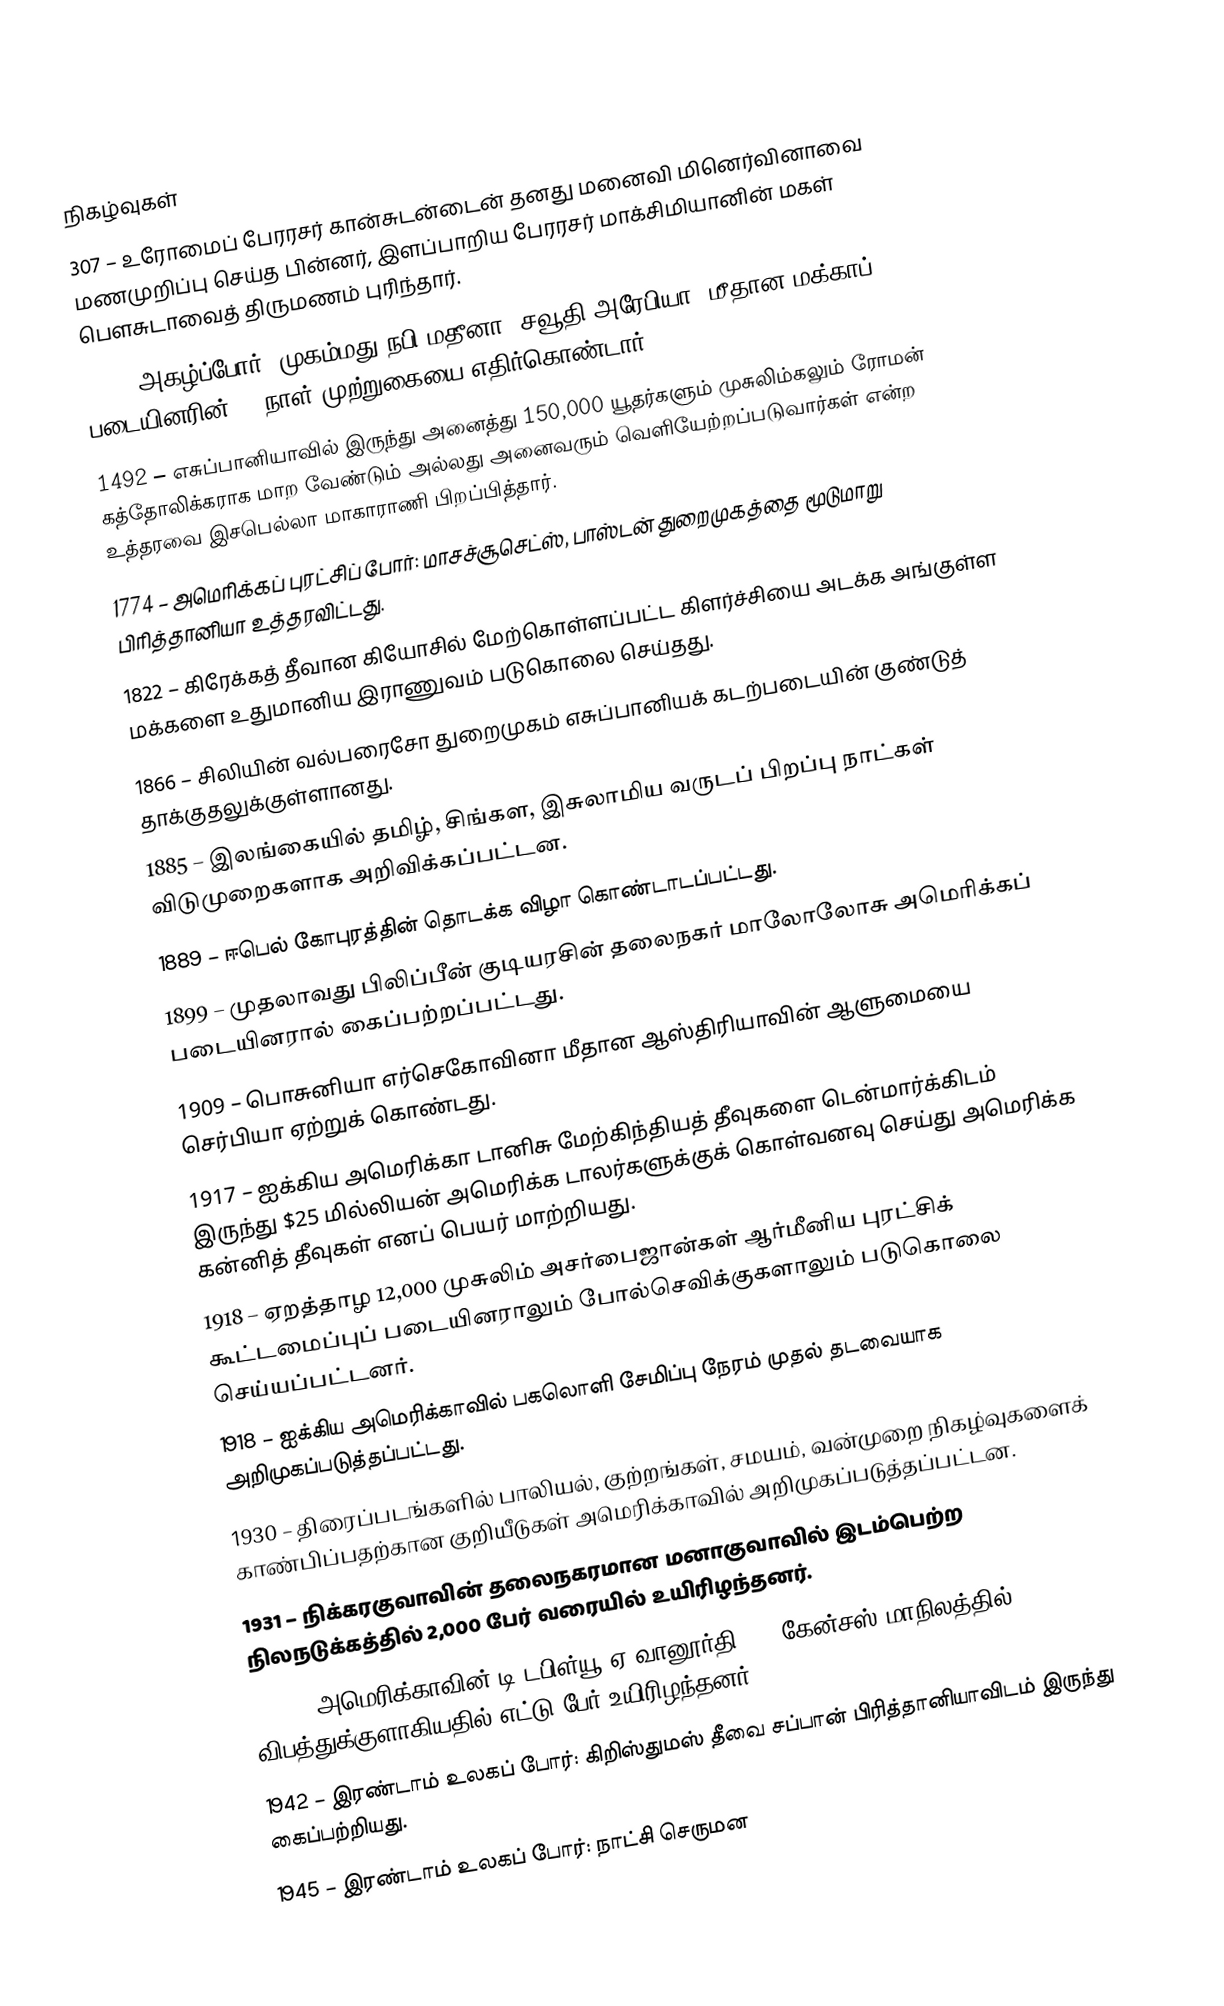

நிகழ்வுகள்
 307 – உரோமைப் பேரரசர் கான்சுடன்டைன் தனது மனைவி மினெர்வினாவை மணமுறிப்பு செய்த பின்னர், இளப்பாறிய பேரரசர் மாக்சிமியானின் மகள் பௌசுடாவைத் திருமணம் புரிந்தார்.
 627 – அகழ்ப்போர்: முகம்மது நபி மதீனா (சவூதி அரேபியா) மீதான மக்காப் படையினரின் 14-நாள் முற்றுகையை எதிர்கொண்டார்.
1492 – எசுப்பானியாவில் இருந்து அனைத்து 150,000 யூதர்களும் முசுலிம்கலும் ரோமன் கத்தோலிக்கராக மாற வேண்டும் அல்லது அனைவரும் வெளியேற்றப்படுவார்கள் என்ற உத்தரவை இசபெல்லா மாகாராணி பிறப்பித்தார்.
1774 – அமெரிக்கப் புரட்சிப் போர்: மாசச்சூசெட்ஸ், பாஸ்டன் துறைமுகத்தை மூடுமாறு பிரித்தானியா உத்தரவிட்டது.
1822 – கிரேக்கத் தீவான கியோசில் மேற்கொள்ளப்பட்ட கிளர்ச்சியை அடக்க அங்குள்ள மக்களை உதுமானிய இராணுவம் படுகொலை செய்தது.
1866 – சிலியின் வல்பரைசோ துறைமுகம் எசுப்பானியக் கடற்படையின் குண்டுத் தாக்குதலுக்குள்ளானது.
1885 – இலங்கையில் தமிழ், சிங்கள, இசுலாமிய வருடப் பிறப்பு நாட்கள் விடுமுறைகளாக அறிவிக்கப்பட்டன.
1889 – ஈபெல் கோபுரத்தின் தொடக்க விழா கொண்டாடப்பட்டது.
1899 – முதலாவது பிலிப்பீன் குடியரசின் தலைநகர் மாலோலோசு அமெரிக்கப் படையினரால் கைப்பற்றப்பட்டது.
1909 – பொசுனியா எர்செகோவினா மீதான ஆஸ்திரியாவின் ஆளுமையை செர்பியா ஏற்றுக் கொண்டது.
1917 – ஐக்கிய அமெரிக்கா டானிசு மேற்கிந்தியத் தீவுகளை டென்மார்க்கிடம் இருந்து $25 மில்லியன் அமெரிக்க டாலர்களுக்குக் கொள்வனவு செய்து அமெரிக்க கன்னித் தீவுகள் எனப் பெயர் மாற்றியது.
1918 – ஏறத்தாழ 12,000 முசுலிம் அசர்பைஜான்கள் ஆர்மீனிய புரட்சிக் கூட்டமைப்புப் படையினராலும் போல்செவிக்குகளாலும் படுகொலை செய்யப்பட்டனர்.
1918 – ஐக்கிய அமெரிக்காவில் பகலொளி சேமிப்பு நேரம் முதல் தடவையாக அறிமுகப்படுத்தப்பட்டது.
1930 – திரைப்படங்களில் பாலியல், குற்றங்கள், சமயம், வன்முறை நிகழ்வுகளைக் காண்பிப்பதற்கான குறியீடுகள் அமெரிக்காவில் அறிமுகப்படுத்தப்பட்டன.
1931 – நிக்கரகுவாவின் தலைநகரமான மனாகுவாவில் இடம்பெற்ற நிலநடுக்கத்தில் 2,000 பேர் வரையில் உயிரிழந்தனர்.
1931 – அமெரிக்காவின் டி.டபிள்யூ.ஏ வானூர்தி 599 கேன்சஸ் மாநிலத்தில் விபத்துக்குளாகியதில் எட்டு பேர் உயிரிழந்தனர்.
1942 – இரண்டாம் உலகப் போர்: கிறிஸ்துமஸ் தீவை சப்பான் பிரித்தானியாவிடம் இருந்து கைப்பற்றியது.
1945 – இரண்டாம் உலகப் போர்: நாட்சி செருமன